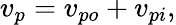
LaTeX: v_{p}=v_{po}+v_{pi},